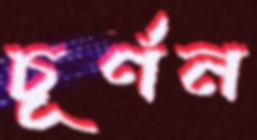
চূর্ণন